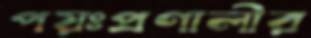
পয়ঃপ্রণালীর